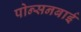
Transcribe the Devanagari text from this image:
पोन्सनबाई